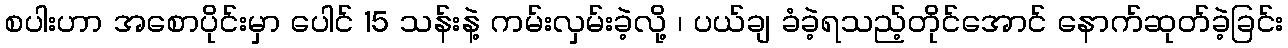
စပါးဟာ အစောပိုင်းမှာ ပေါင် 15 သန်းနဲ့ ကမ်းလှမ်းခဲ့လို့ ၊ ပယ်ချ ခံခဲ့ရသည့်တိုင်အောင် နောက်ဆုတ်ခဲ့ခြင်း